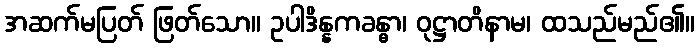
အဆက်မပြတ် ဖြတ်သော။ ဥပါဒိန္နကခန္ဓာ၊ ဝုဋ္ဌာတိနာမ၊ ထသည်မည်၏။